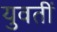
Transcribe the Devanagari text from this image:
युवतीं